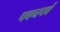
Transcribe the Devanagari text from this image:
पवनपर्व